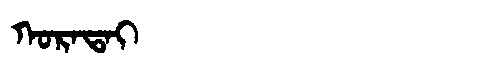
Manchu: ᡴᠣᡵᠠᡨᠠᡳ
Romanization: KORATAI